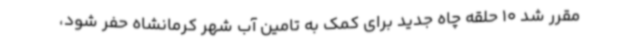
مقرر شد 10 حلقه چاه جدید برای کمک به تامین آب شهر کرمانشاه حفر شود،